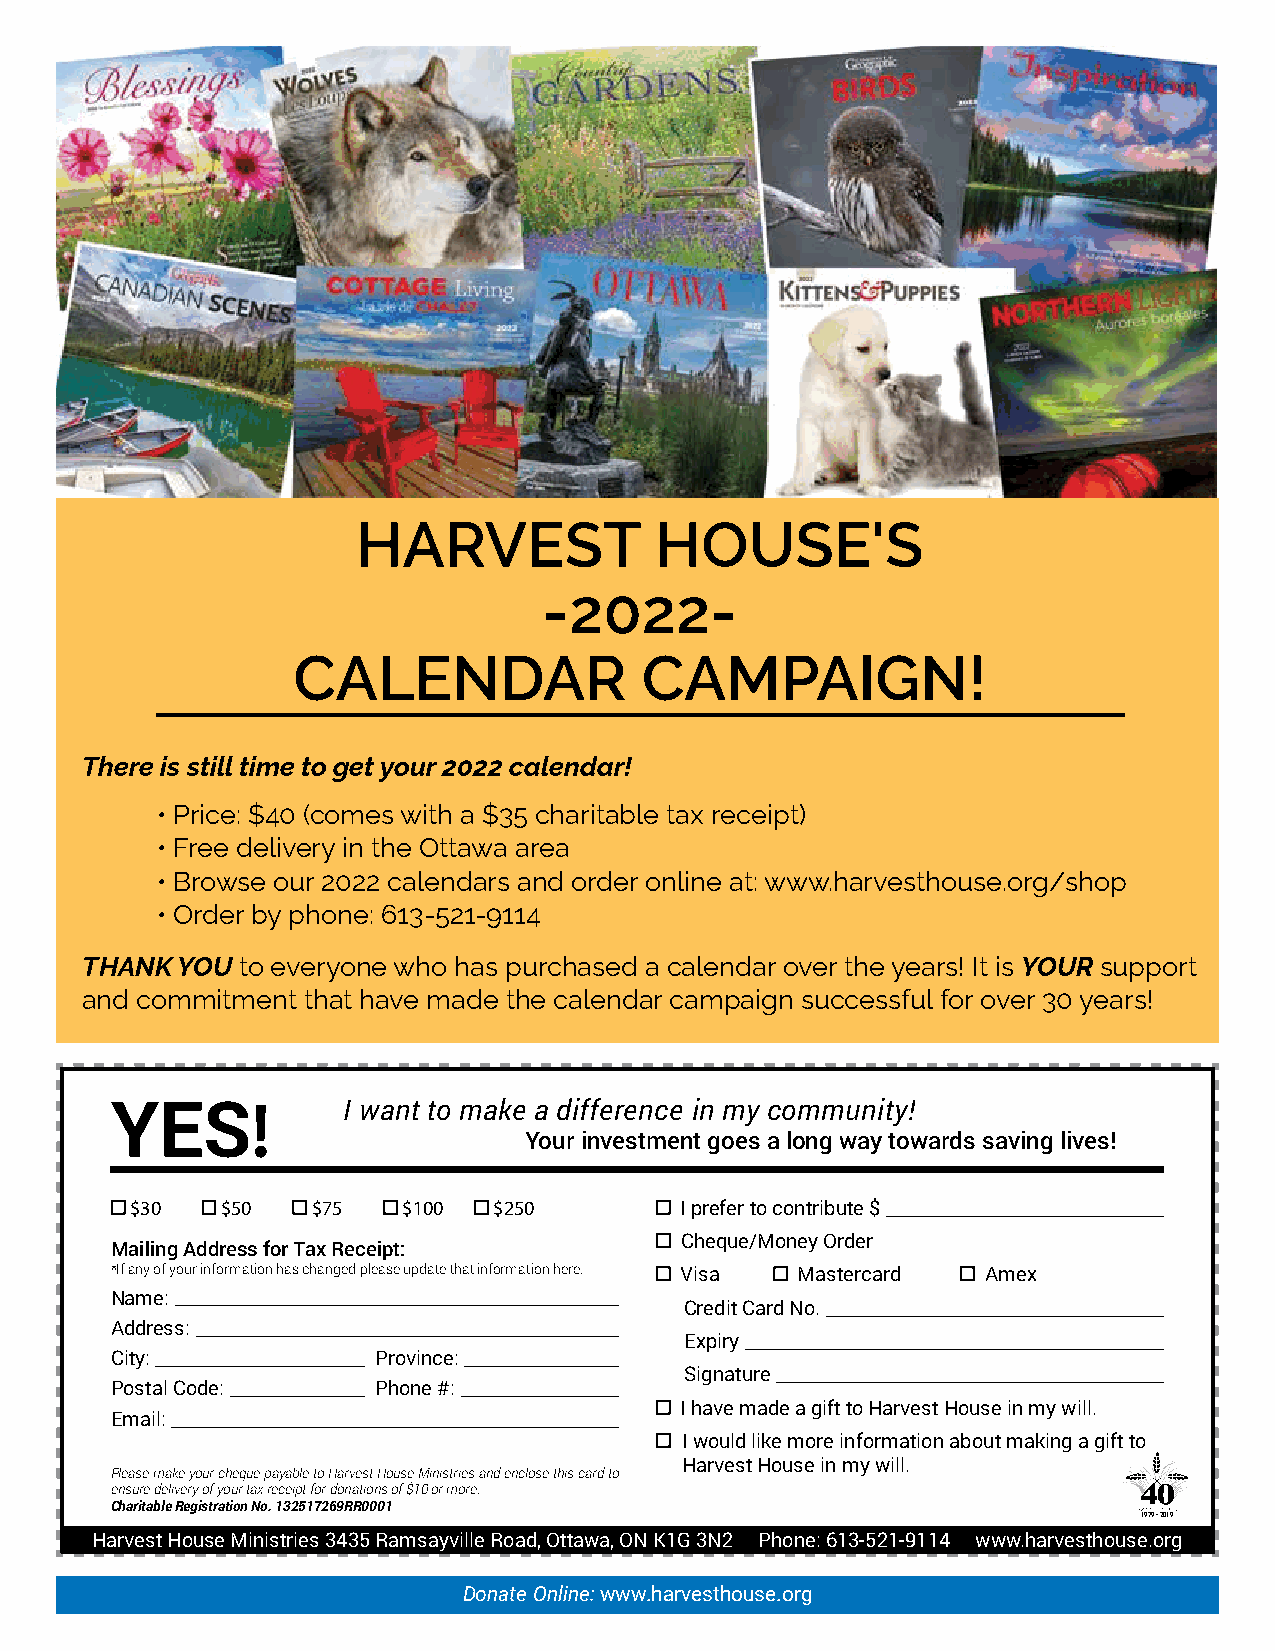
HARVEST            HOUSE'S
 -2022-
 CALENDAR               CAMPAIGN!
 There is still time to get your 2022 calendar!
 • Price: $40 (comes with a $35 charitable tax receipt)
 • Free delivery in the Ottawa area
 • Browse our 2022 calendars and order online at: www.harvesthouse.org/shop
 • Order by phone: 613-521-9114
 THANK  YOU to everyone who has purchased a calendar over the years! It is YOUR support
 and commitment that have made the calendar campaign successful for over 30 years!
 YES!
 Your investment goes a long way towards saving lives!
 $30   $50   $75   $100  $250        I prefer to contribute $
 Cheque/Money Order
 Mailing Address for Tax Receipt:
 I want to make a difference in my community!
 *If any of your information has changed please update that information here. Visa Mastercard Amex
 Name:
 Credit Card No.
 Address:
 Expiry
 City:             Province:
 Signature
 Postal Code:      Phone #:
 I have made a gift to Harvest House in my will.
 Email:
 I would like more information about making a gift to
 Harvest House in my will.
 Please make your cheque payable to Harvest House Ministries and enclose this card to
 ensure delivery of your tax receipt for donations of $10 or more.
 Charitable Registration No. 132517269RR0001
 1979 • 2019
 Harvest House Ministries 3435 Ramsayville Road, Ottawa, ON K1G 3N2 Phone: 613-521-9114 www.harvesthouse.org
 Donate Online: www.harvesthouse.org